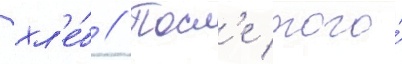
хл'е́б // Посл'е того́